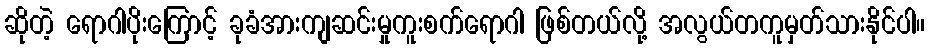
ဆိုတဲ့ ရောဂါပိုးကြောင့် ခုခံအားကျဆင်းမှုကူးစက်ရောဂါ ဖြစ်တယ်လို့ အလွယ်တကူမှတ်သားနိုင်ပါ။